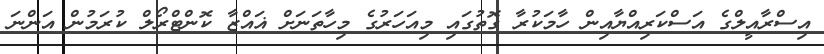
އިސްރާއީލްގެ އަސްކަރިއްޔާއިން ހާމަކުރާ ގޮތުގައި މިއަހަރުގެ މިހާތަނަށް ޣައްޒާ ކޮންޓްރޯލް ކުރަމުން އަންނަ